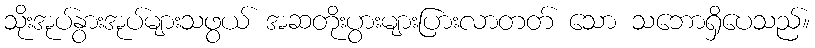
သိုးအုပ်နွားအုပ်များသဖွယ် အဆတိုးပွားများပြားလာတတ် သော သဘောရှိပေသည်။